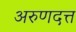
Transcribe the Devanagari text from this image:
अरुणदत्त